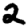
Digit: 2